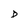
Character: D